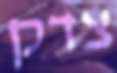
צדק